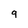
Character: 9